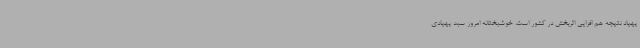
پهپاد نتیجه هم افزایی اثربخش در کشور است. خوشبختانه امروز سبد پهپادی